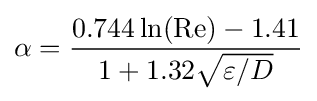
\alpha ={\frac {0.744\ln(\mathrm {Re} )-1.41}{1+1.32{\sqrt {\varepsilon /D}}}}